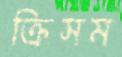
ক্রিসম